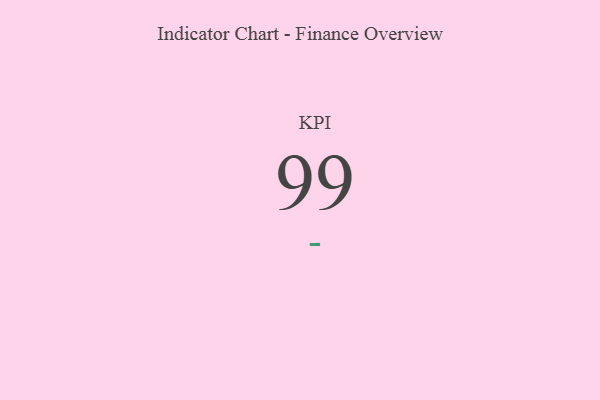
{"axis": {"x": "KPI", "y": "Value"}, "legend": [""], "data": [{"x": "KPI", "y": 99, "type": ""}]}